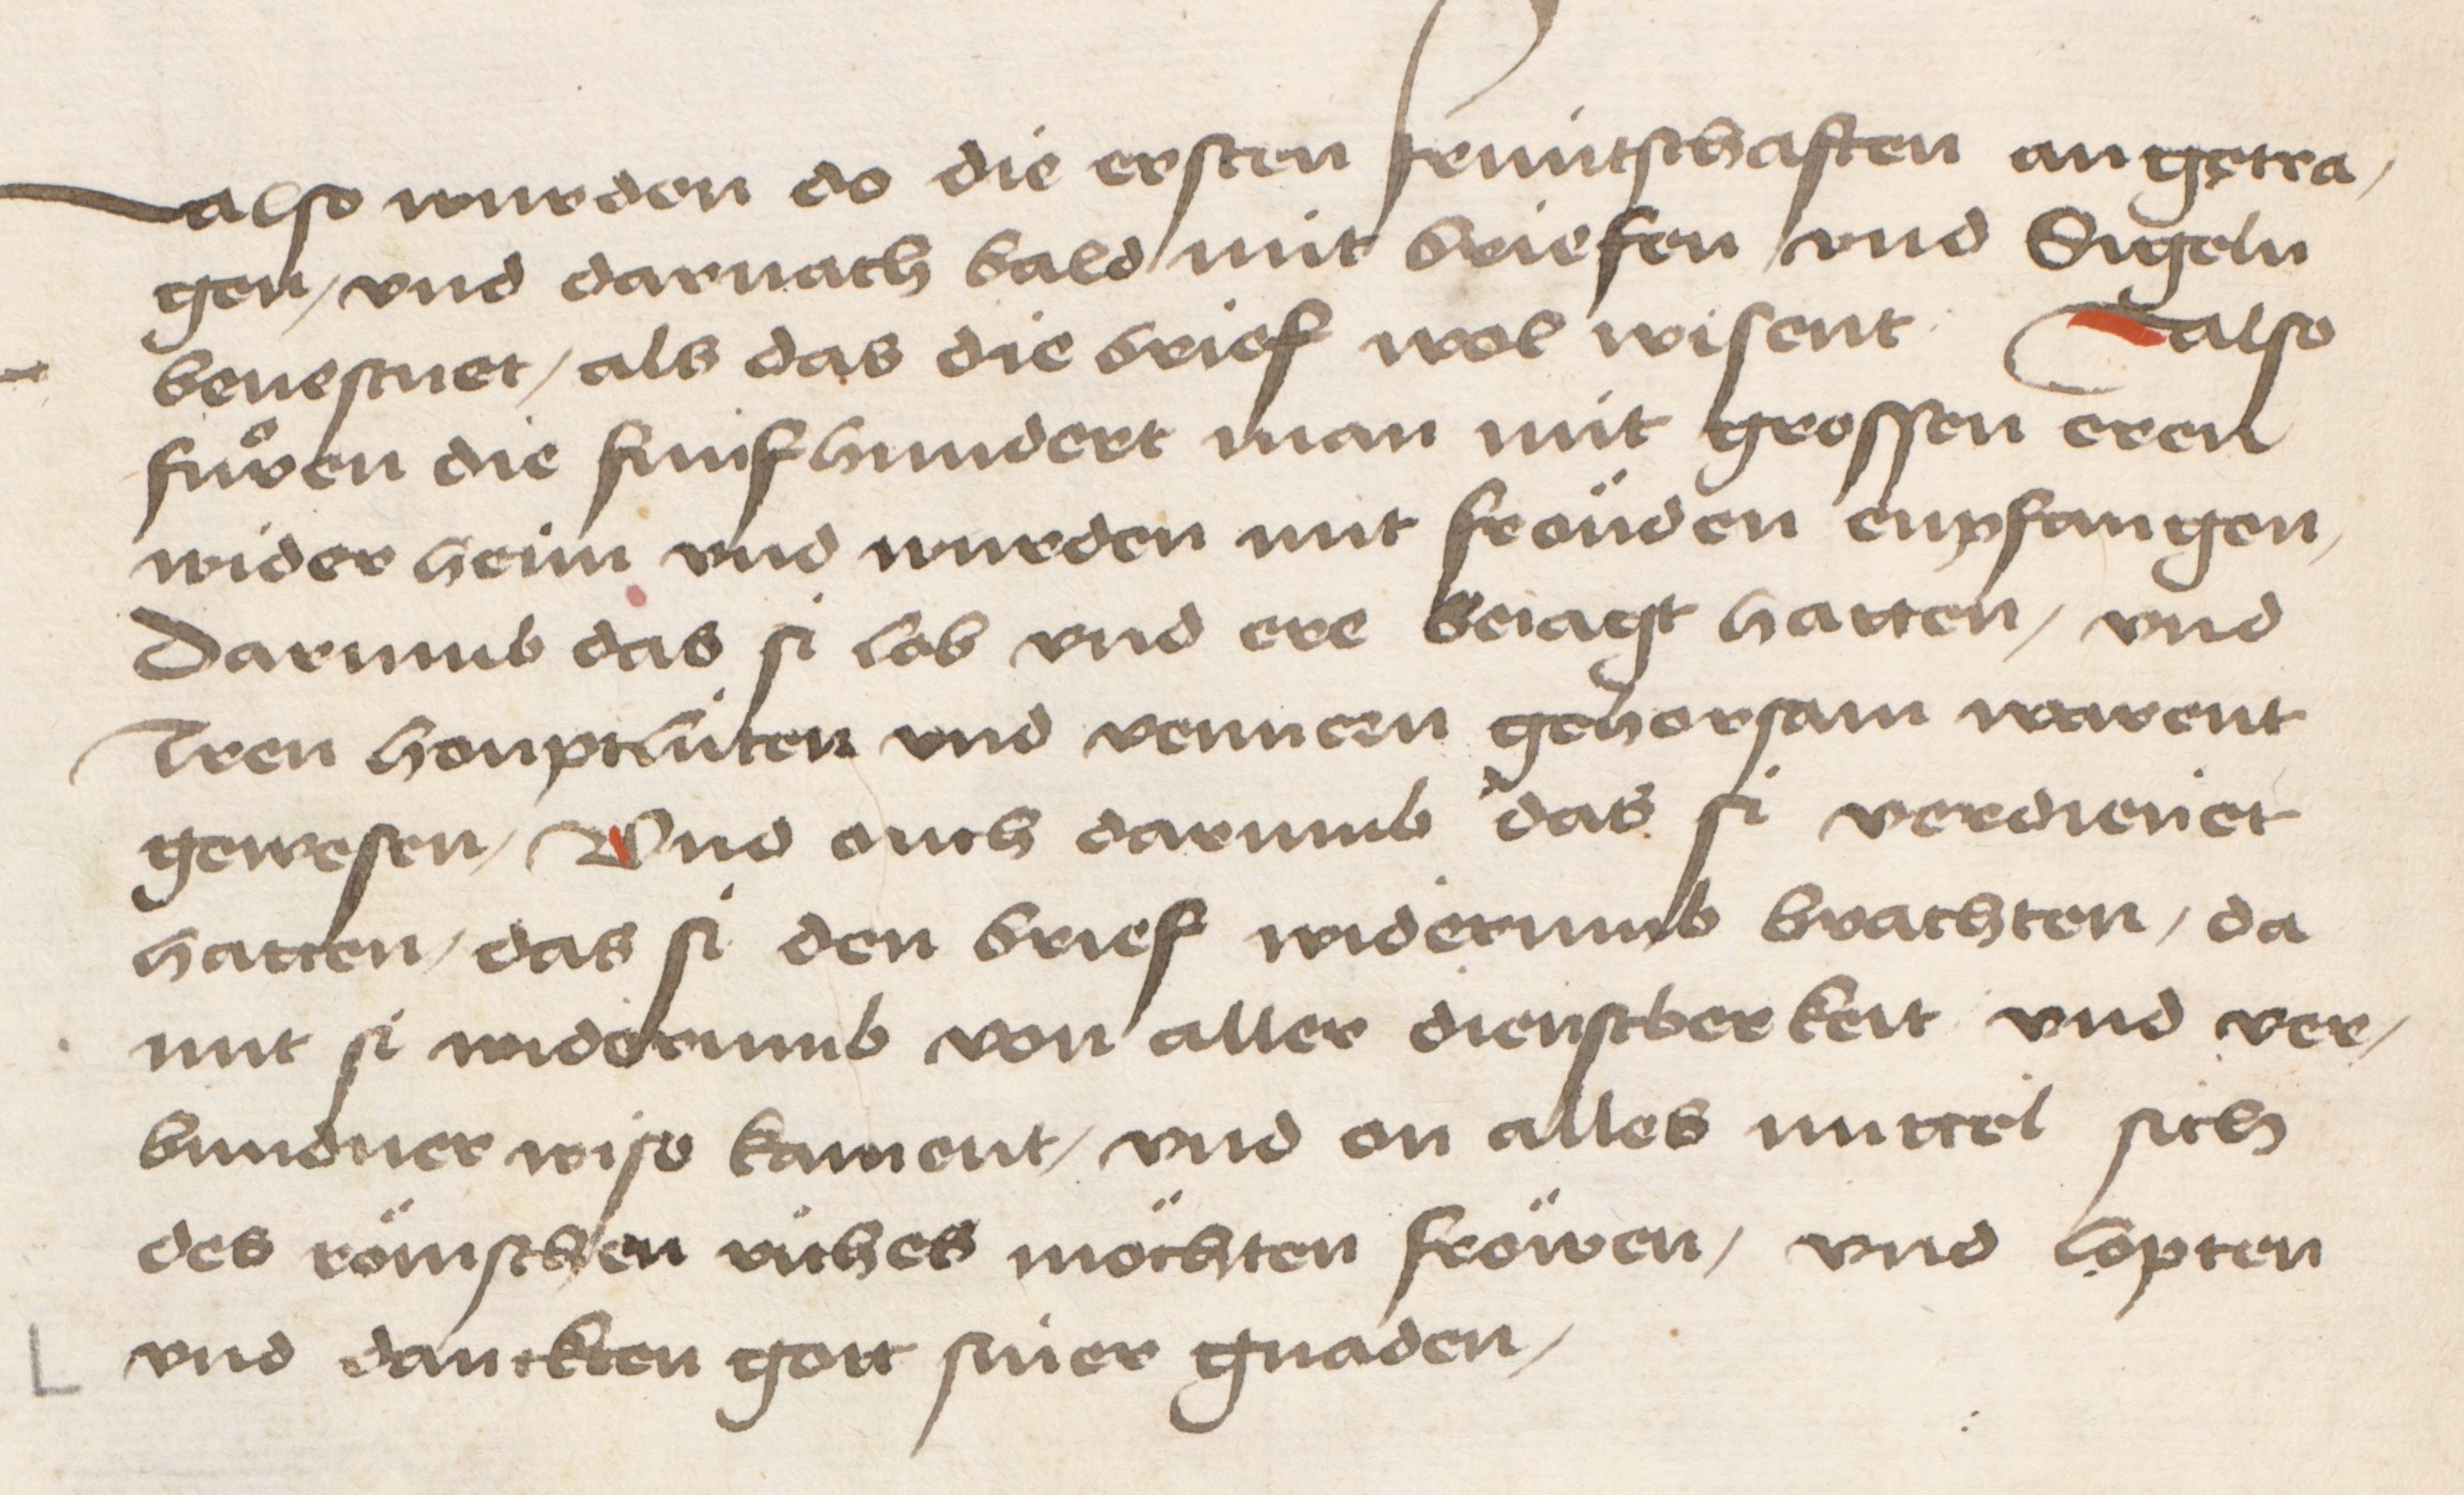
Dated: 1484–1485